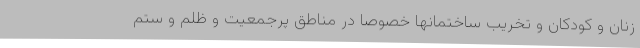
زنان و کودکان و تخریب ساختمانها خصوصاً در مناطق پرجمعیت و ظلم و ستم